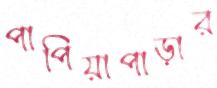
পাপিয়াপাড়ার